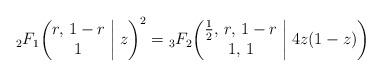
LaTeX: \begin{align*}{}_2F_1\biggl(\begin{matrix} r, \, 1-r \\ 1 \end{matrix}\biggm|z\biggr)^2={}_3F_2\biggl(\begin{matrix} \frac12, \, r, \, 1-r \\ 1, \, 1 \end{matrix}\biggm|4z(1-z)\biggr)\end{align*}